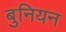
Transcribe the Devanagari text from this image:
बुनियन